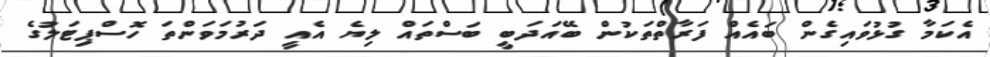
އެކަމާ ގުޅުވައިގެން ބައެއް ފަރާތްތަކުން ބޭއަދަބީ ބަސްތައް ލިޔެ އެއީ ދަރުމަވަންތަ ހޮސްޕިޓަލުގެ